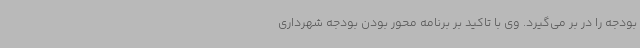
بودجه را در بر می‌گیرد. وی با تاکید بر برنامه محور بودن بودجه شهرداری